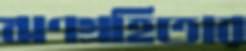
ঋণগ্রহিতার